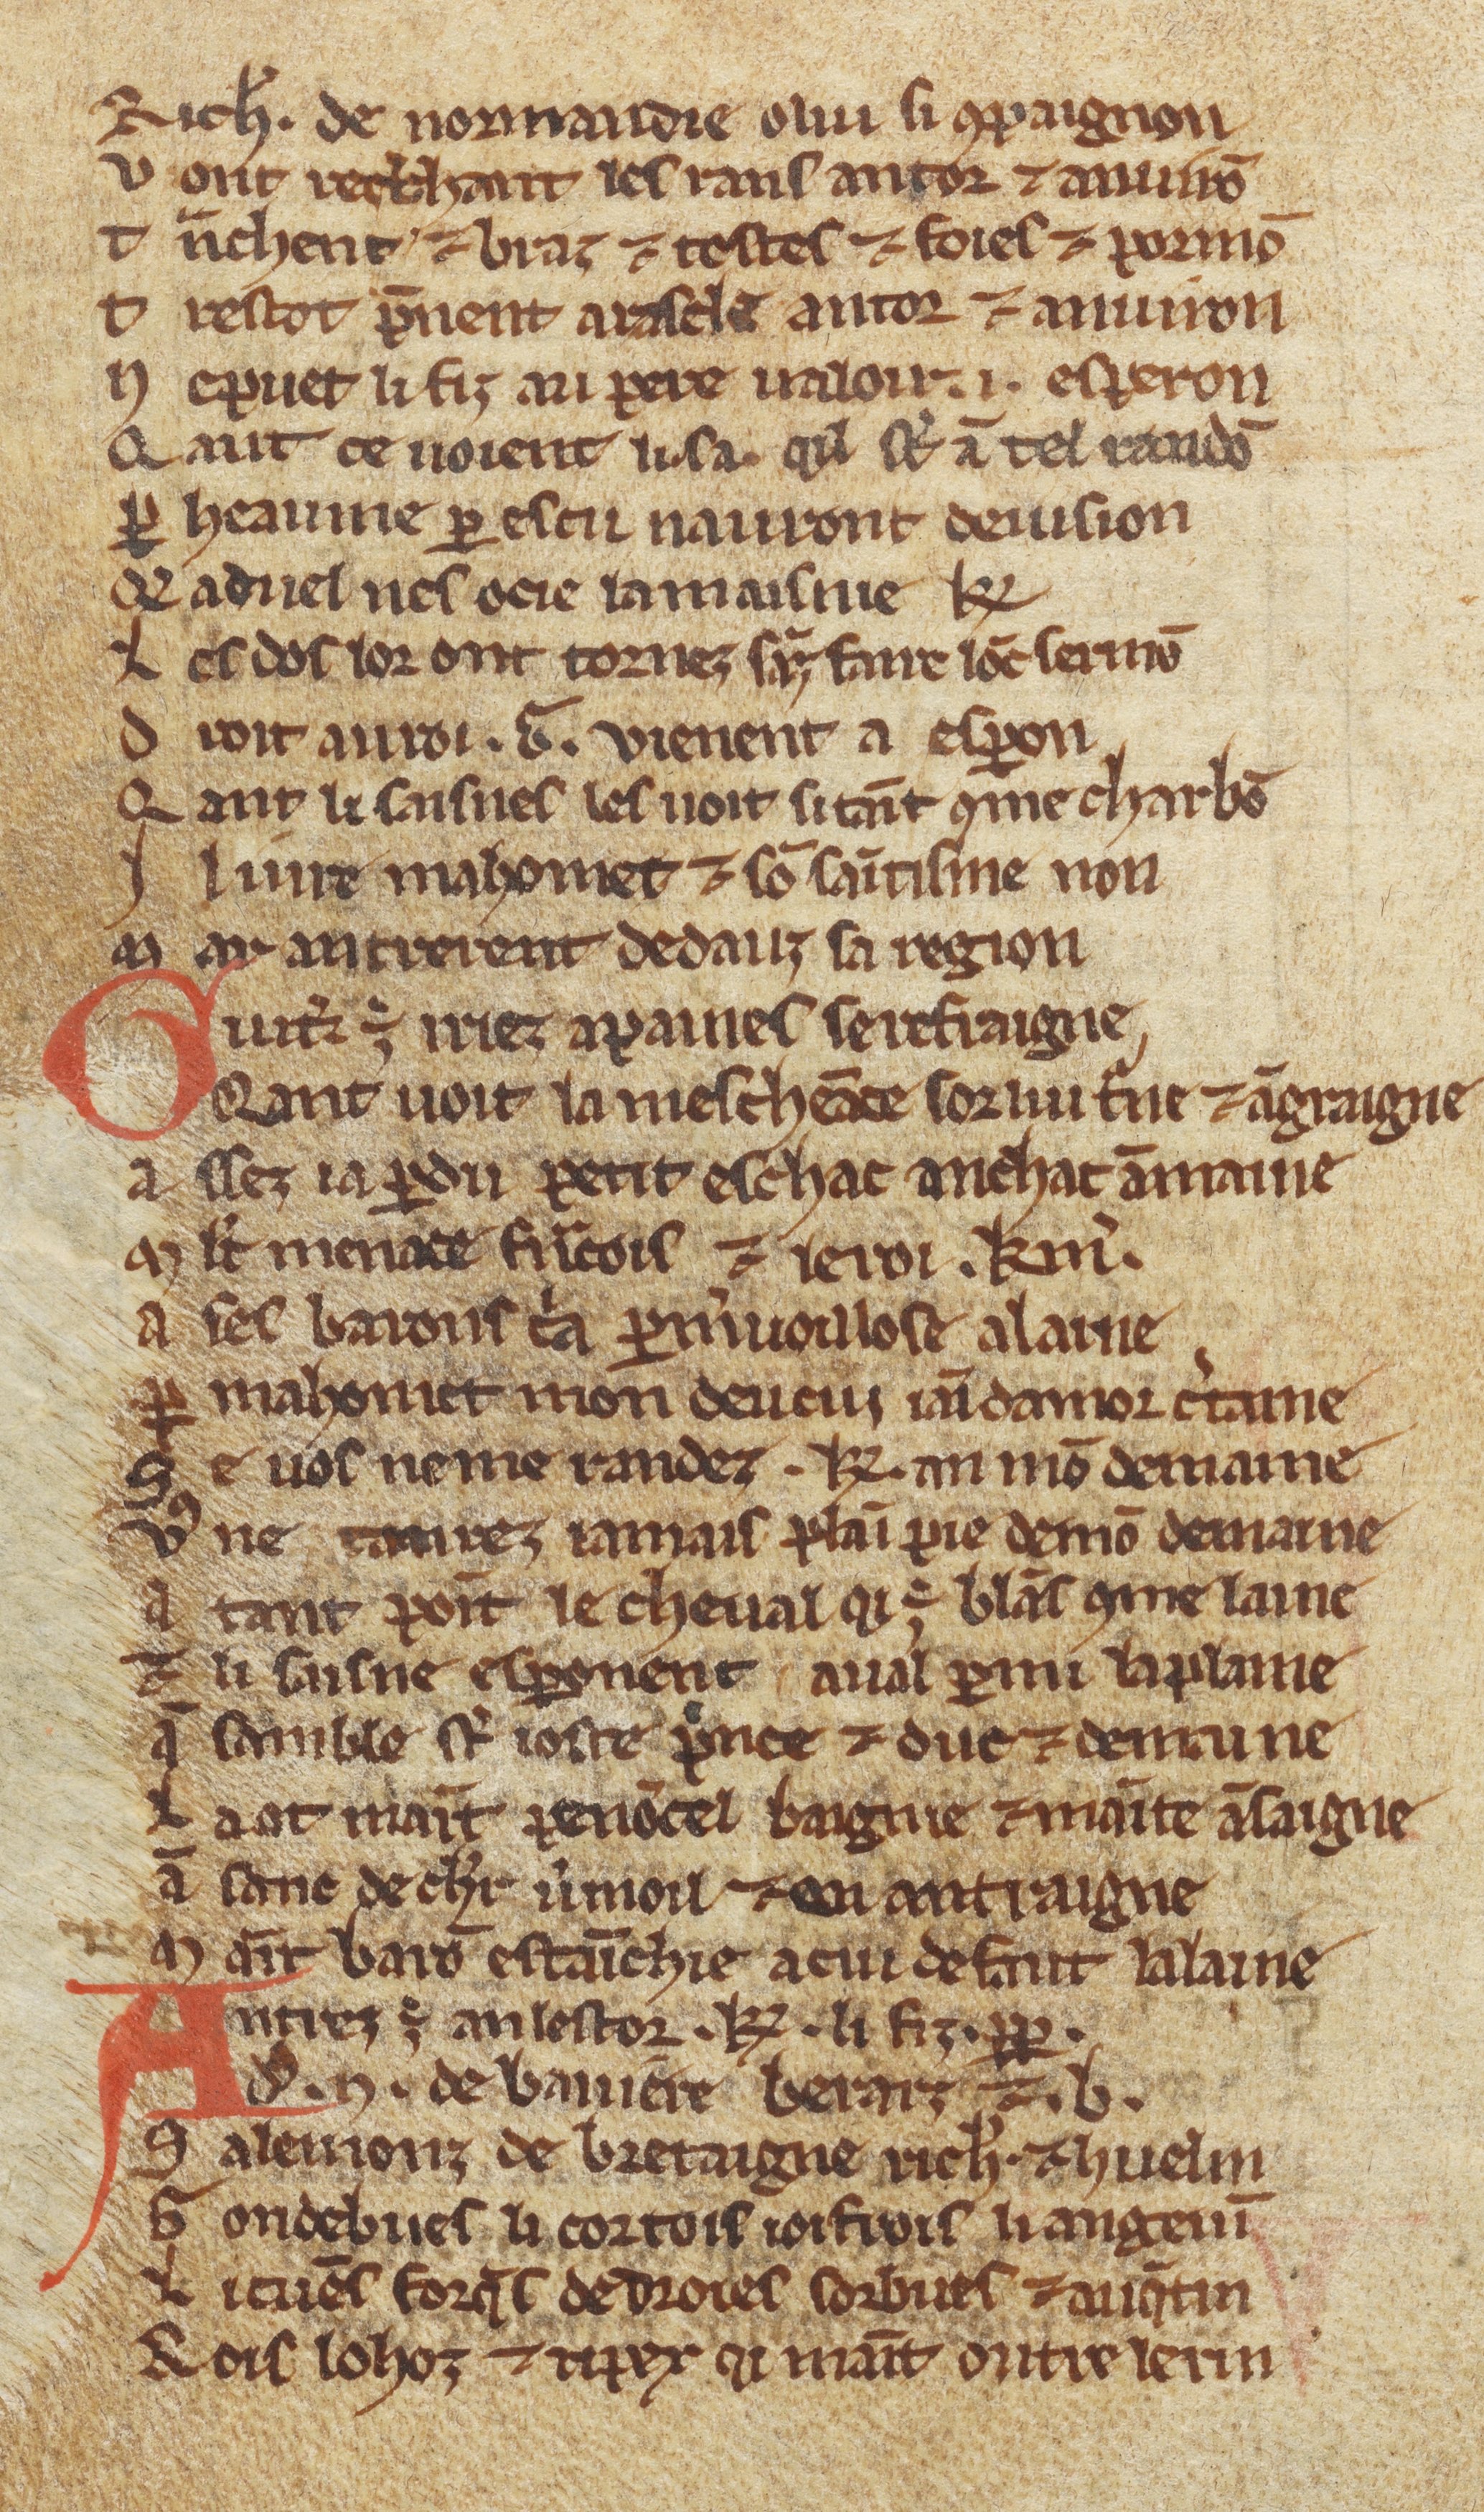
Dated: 1270–1299